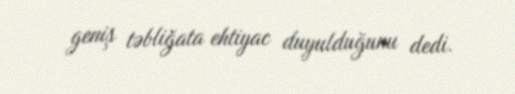
geniş təbliğata ehtiyac duyulduğunu dedi.